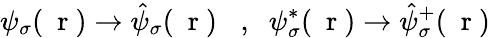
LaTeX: \psi_{\sigma}(\mathrm{~\mathbf~r~})\to\hat{\psi}_{\sigma}(\mathrm{~\mathbf~r~})\; \; \; ,\; \; \psi_{\sigma}^{*}(\mathrm{~\mathbf~r~})\to\hat{\psi}_{\sigma}^{+}(\mathrm{~\mathbf~r~})